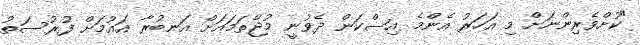
"ކުށްވެރިންނަށް މި އަހަރު އެންމެ އިސްކަން ދެވުނީ މުޖްތަމައަށް އަނބުރާ އައުމަށް ފުރުސަތު